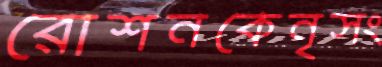
রোশনকেনৃসং